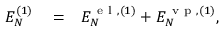
\begin{array} { r l r } { { \cal E } _ { N } ^ { ( 1 ) } } & { { } = } & { { \cal E } _ { N } ^ { \ensuremath { \mathrm { ~ e ~ l ~ } } , ( 1 ) } + { \cal E } _ { N } ^ { \ensuremath { \mathrm { ~ v ~ p ~ } } , ( 1 ) } , } \end{array}